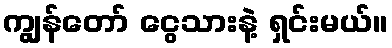
ကျွန်တော် ငွေသားနဲ့ ရှင်းမယ်။